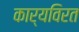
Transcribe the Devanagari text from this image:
कार्यविरत